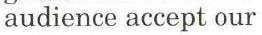
audience accept our